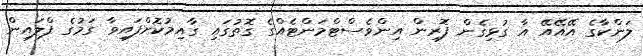
ލަންކާގެ އޭއޭއޭ އާ ގުޅިގެން ފޮރިން އިންވެސްޓްމަންޓެއްގެ ގޮތުގައި ގާއިމުކޮށްފައިވާ ގަމުގެ ފްލައިން